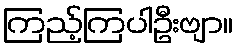
ကြည့်ကြပါဦးဗျာ။